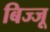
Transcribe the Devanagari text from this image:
बिज्‍जू